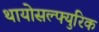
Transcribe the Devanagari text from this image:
थायोसल्फ्युरिक